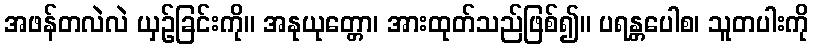
အဖန်တလဲလဲ ယှဉ်ခြင်းကို။ အနုယုတ္တော၊ အားထုတ်သည်ဖြစ်၍။ ပရန္တပေါစ၊ သူတပါးကို